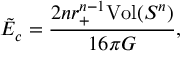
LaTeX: \tilde { E } _ { c } = \frac { 2 n r _ { + } ^ { n - 1 } \mathrm { V o l } ( S ^ { n } ) } { 1 6 \pi G } ,